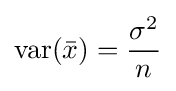
\operatorname {var} ({\bar {x}})={\frac {\sigma ^{2}}{n}}